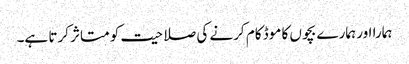
ہمارا اور ہمارے بچوں کا موڈ کام کرنے کی صلاحیت کو متاثر کرتا ہے۔